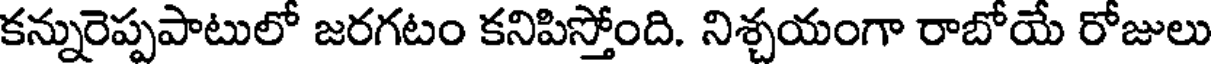
కన్నురెప్పపాటులో జరగటం కనిపిస్తోంది. నిశ్చయంగా రాబోయే రోజులు